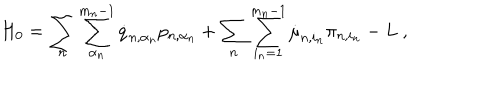
H _ { 0 } = \sum _ { n } \sum _ { \alpha _ { n } } ^ { m _ { n } - 1 } \dot { q } _ { n , \alpha _ { n } } p _ { n , \alpha _ { n } } + \sum _ { n } \sum _ { i _ { n } = 1 } ^ { m _ { n } - 1 } \dot { \mu } _ { n , i _ { n } } \pi _ { n , i _ { n } } - L \ ,